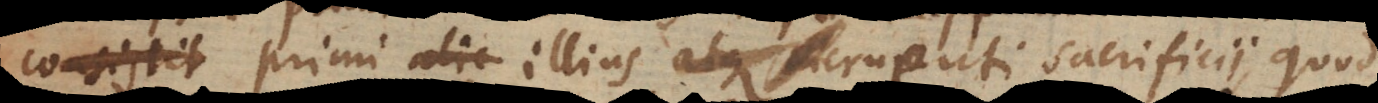
consistit illius atque cruenti sacrificii quod